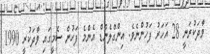
ވާދަކުރަނީ 28 އަހަރު ފަހުންނެެވެ. އިންގްލެންޑް އެންމެ ފަހުން ސެމީގައި ވާދަކުރީ 1990